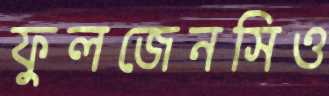
ফুলজেনসিও